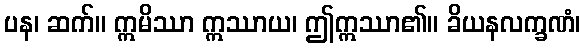
ပန၊ ဆက်။ ဣမိဿာ ဣဿာယ၊ ဤဣဿာ၏။ ခိယနလက္ခဏံ၊